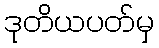
ဒုတိယပတ်မှ